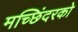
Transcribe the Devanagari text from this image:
मच्छिंदरको